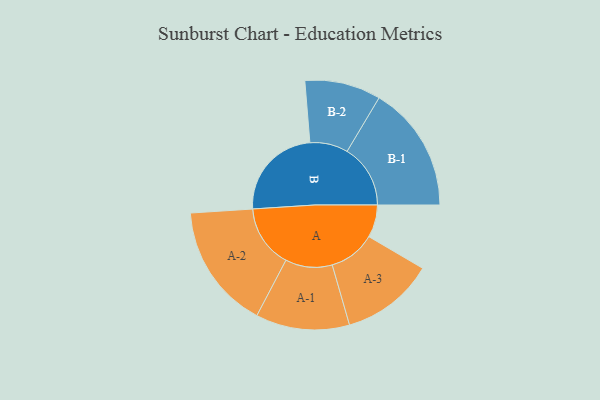
{"axis": {"x": "Segment", "y": "Value"}, "legend": ["", "A", "B"], "data": [{"x": "A", "y": 107, "type": ""}, {"x": "B", "y": 313, "type": ""}, {"x": "A-1", "y": 154, "type": "A"}, {"x": "A-2", "y": 206, "type": "A"}, {"x": "A-3", "y": 153, "type": "A"}, {"x": "B-1", "y": 208, "type": "B"}, {"x": "B-2", "y": 125, "type": "B"}]}